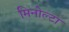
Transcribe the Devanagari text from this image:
मिनोल्टा